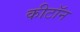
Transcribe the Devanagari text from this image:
कीटॉन